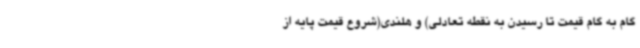
گام به گام قیمت تا رسیدن به نقطه تعادلی) و هلندی(شروع قیمت پایه از